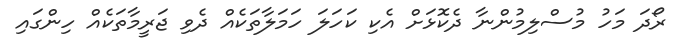
ރޯދަ މަހު މުސްލިމުންނާ ދެކޮޅަށް އެކި ކަހަލަ ހަމަލާތަކެއް ދެވި ޖަރީމާތަކެއް ހިންގައި